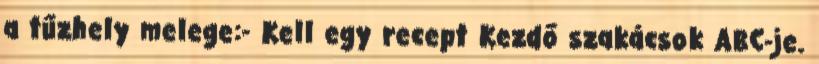
a tűzhely melege:- Kell egy recept Kezdő szakácsok ABC-je.